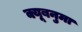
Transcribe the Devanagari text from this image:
क्यूबनुमा